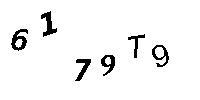
6179T9